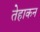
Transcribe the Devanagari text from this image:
तेहाकन